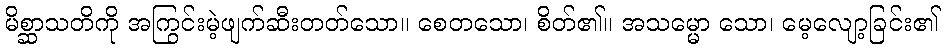
မိစ္ဆာသတိကို အကြွင်းမဲ့ဖျက်ဆီးတတ်သော။ စေတသော၊ စိတ်၏။ အသမ္မော သော၊ မေ့လျော့ခြင်း၏